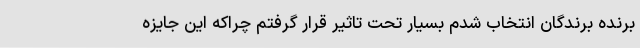
برنده برندگان انتخاب شدم بسیار تحت تاثیر قرار گرفتم چراکه این جایزه